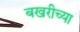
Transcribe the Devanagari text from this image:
बखरीच्या